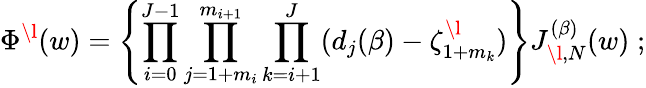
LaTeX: \Phi^{\l}(w)=\left\{ \prod_{i=0}^{J-1}\prod_{j=1+m_{i}}^{m_{i+1}}\prod_{k=i+1}^{J}(d_{j}(\beta)-\zeta_{1+m_{k}}^{\l})\right\} J_{\l,N}^{(\beta)}(w)\; ;